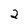
Character: 2